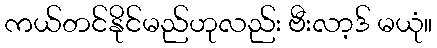
ကယ်တင်နိုင်မည်ဟုလည်း ဗီးလာ့ဒ် မယုံ။